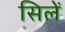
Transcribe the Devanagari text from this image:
सिलें